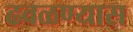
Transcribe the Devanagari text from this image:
ढवळण्यास